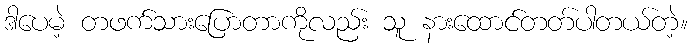
ဒါပေမဲ့ တဖက်သားပြောတာကိုလည်း သူ နားထောင်တတ်ပါတယ်တဲ့။